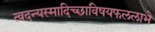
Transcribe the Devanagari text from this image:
त्वदन्यस्मादिच्छाविषयफललाभे